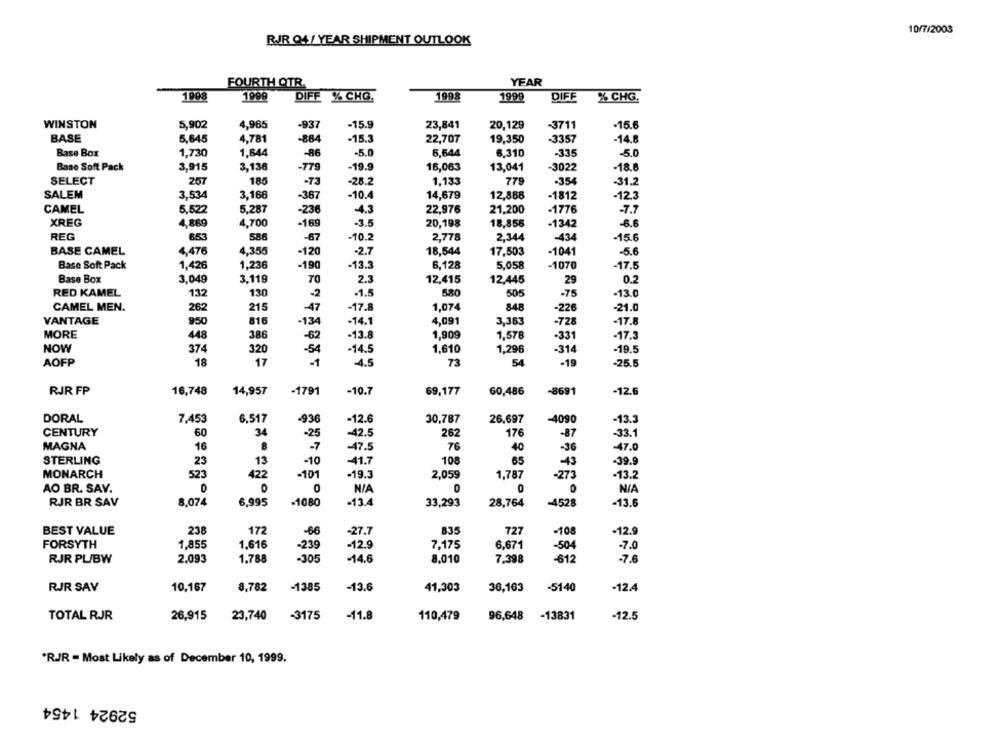
10/7/2003
RJR Q4/ YEAR SHIPMENT OUTLOOK
YEAR
FOURTH QTR.
1908
1999
DIFF % CHO.
1998
1999
DIFF
% CHG.
WINSTON
5,902
4,965
-937
-15.9
23,841
20,129
-3711
-15.6
BASE
5,645
4,781
-864
-15.3
22,707
19,350
-33,57
-14.8
Base Box
1,730
1,644
-86
-5.0
6.644
6.310
-335
-5.0
Base Soft Pack
3,915
3,136
-779
-19.9
16,063
13,041
-3022
-18.6
SELECT
267
185
-73
-28.2
1,133
779
-354
-31.2
SALEM
3,166
3,534
-367
-10.4
14,679
12,866
-1812
-12.3
5.287
CAMEL
8,522
-236
-4.3
22,976
21,200
-1776
-7.7
XREG
4,869
4,700
-169
-3.5
20,198
18,856
-1342
-6.6
REG
653
586
-87
-10.2
2,778
2,344
-434
-15.6
BASE CAMEL
4,476
4,355
-120
-2.7
18,544
17,503
-1041
-5.6
Base Soft Pack
1,426
1,236
-19
-13.
6,128
5.058
-1070
-17.5
Base Box
3,049
3,119
70
2.3
12,415
12,445
29
0.2
RED KAMEL
132
130
.2
-1.5
580
505
-75
-13.0
CAMEL MEN.
262
215
-47
-17.8
1,074
848
-226
-21.0
816
-14.1
4,091
-728
VANTAGE
950
-134
3,363
-17.8
MORE
386
1,909
-331
448
-62
-13.8
1,578
-17.3
NOW
374
320
-54
-14.5
1,610
1,296
-314
-19.5
AOFP
18
17
-1
-4.5
54
-19
-25.5
RJR FP
16,748
14,957
-1791
-10.7
69,177
60,486
-8691
-12.6
DORAL
7.453
6,517
-936
-12.6
30,787
26,697
-4090
-13.3
CENTURY
60
34
-25
-42.5
262
176
-87
-33.1
MAGNA
16
8
-7
76
40
-47.5
-36
-47.0
STERLING
23
13
-10
-41.7
108
65
-39.9
-43
MONARCH
523
422
-101
-19.3
2,059
1,787
-273
-13.2
AO BR. SAV.
0
0
RJR BR SAV
8,074
6,995
-1080
-13.4
33,293
28,764
-4528
-13.6
BEST VALUE
238
172
-66
-27.7
835
727
-108
-12.9
FORSYTH
1.855
1.616
-239
12.9
7.175
6,671
-504
-7.0
RJR PL/BW
2.093
1.788
-305
-14.6
8.010
7.398
-612
-7.6
10,167
8,782
-1385
41,303
-5140
RJR SAV
-13.6
36,163
-12.4
26,915
23,740
-3175
-11.8
110,479
96,648
-13831
-12.5
TOTAL RJR
'RJR - Most Likely as of December 10, 1999.
52924 1454